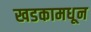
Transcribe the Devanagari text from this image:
खडकामधून